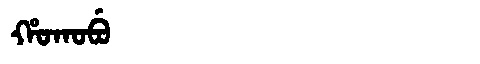
Manchu: ᡥᠣᡴᠣᠪᡠ
Romanization: HOKOBU